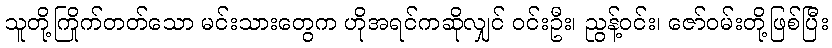
သူတို့ကြိုက်တတ်သော မင်းသားတွေက ဟိုအရင်ကဆိုလျှင် ဝင်းဦး၊ ညွန့်ဝင်း၊ ဇော်ဝမ်းတို့ဖြစ်ပြီး